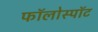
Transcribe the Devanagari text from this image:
फॉलोस्पॉट